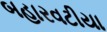
બહારવટીયા